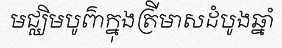
មជ្ឈិមបូព៌ាក្នុងត្រីមាសដំបូងឆ្នាំ